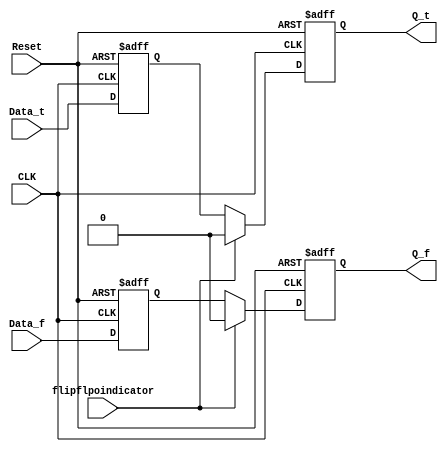
module DFF_2(input CLK,input Reset, input Data_t, input Data_f,input flipflpoindicator, 
output reg Q_t, output reg Q_f );
//reg state;
reg tmp1_t;
reg tmp1_f;
wire notrst;
//initial begin
//tmp1_t<=1'b0;
//tmp1_f<=1'b1;
//end
//assign notrst=~Reset;

// level 1 DFF. sampling the data
always@(posedge CLK,posedge Reset) begin // original neg clk
    if (Reset==1'b1) begin
      tmp1_t<=1'b0;
        tmp1_f<=1'b1;

    end else begin
        tmp1_t<=Data_t;
        tmp1_f<=Data_f;
end
end
// level 2 DFF. sampling the right data or creating the precharge wave depending on the control line - "flipflpoindicator"
always@(posedge CLK,posedge Reset) begin
    if(Reset==1'b1) begin
          Q_t<=1'b0;
           Q_f<=1'b0;
          end else begin
    if (!flipflpoindicator) begin
        Q_t<=tmp1_t;
        Q_f<=tmp1_f;

    end else begin
        Q_t<=1'b0;
        Q_f<=1'b0;
end
end
end

endmodule